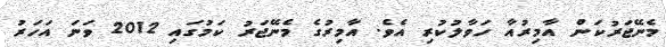
މެނޭޖަރުކަން އާމިރުއާ ހަވާލުކުރި އެވެ. އާމިރުގެ މެނޭޖަރު ކަމުގައި 2012 ވަނަ އަހަރު